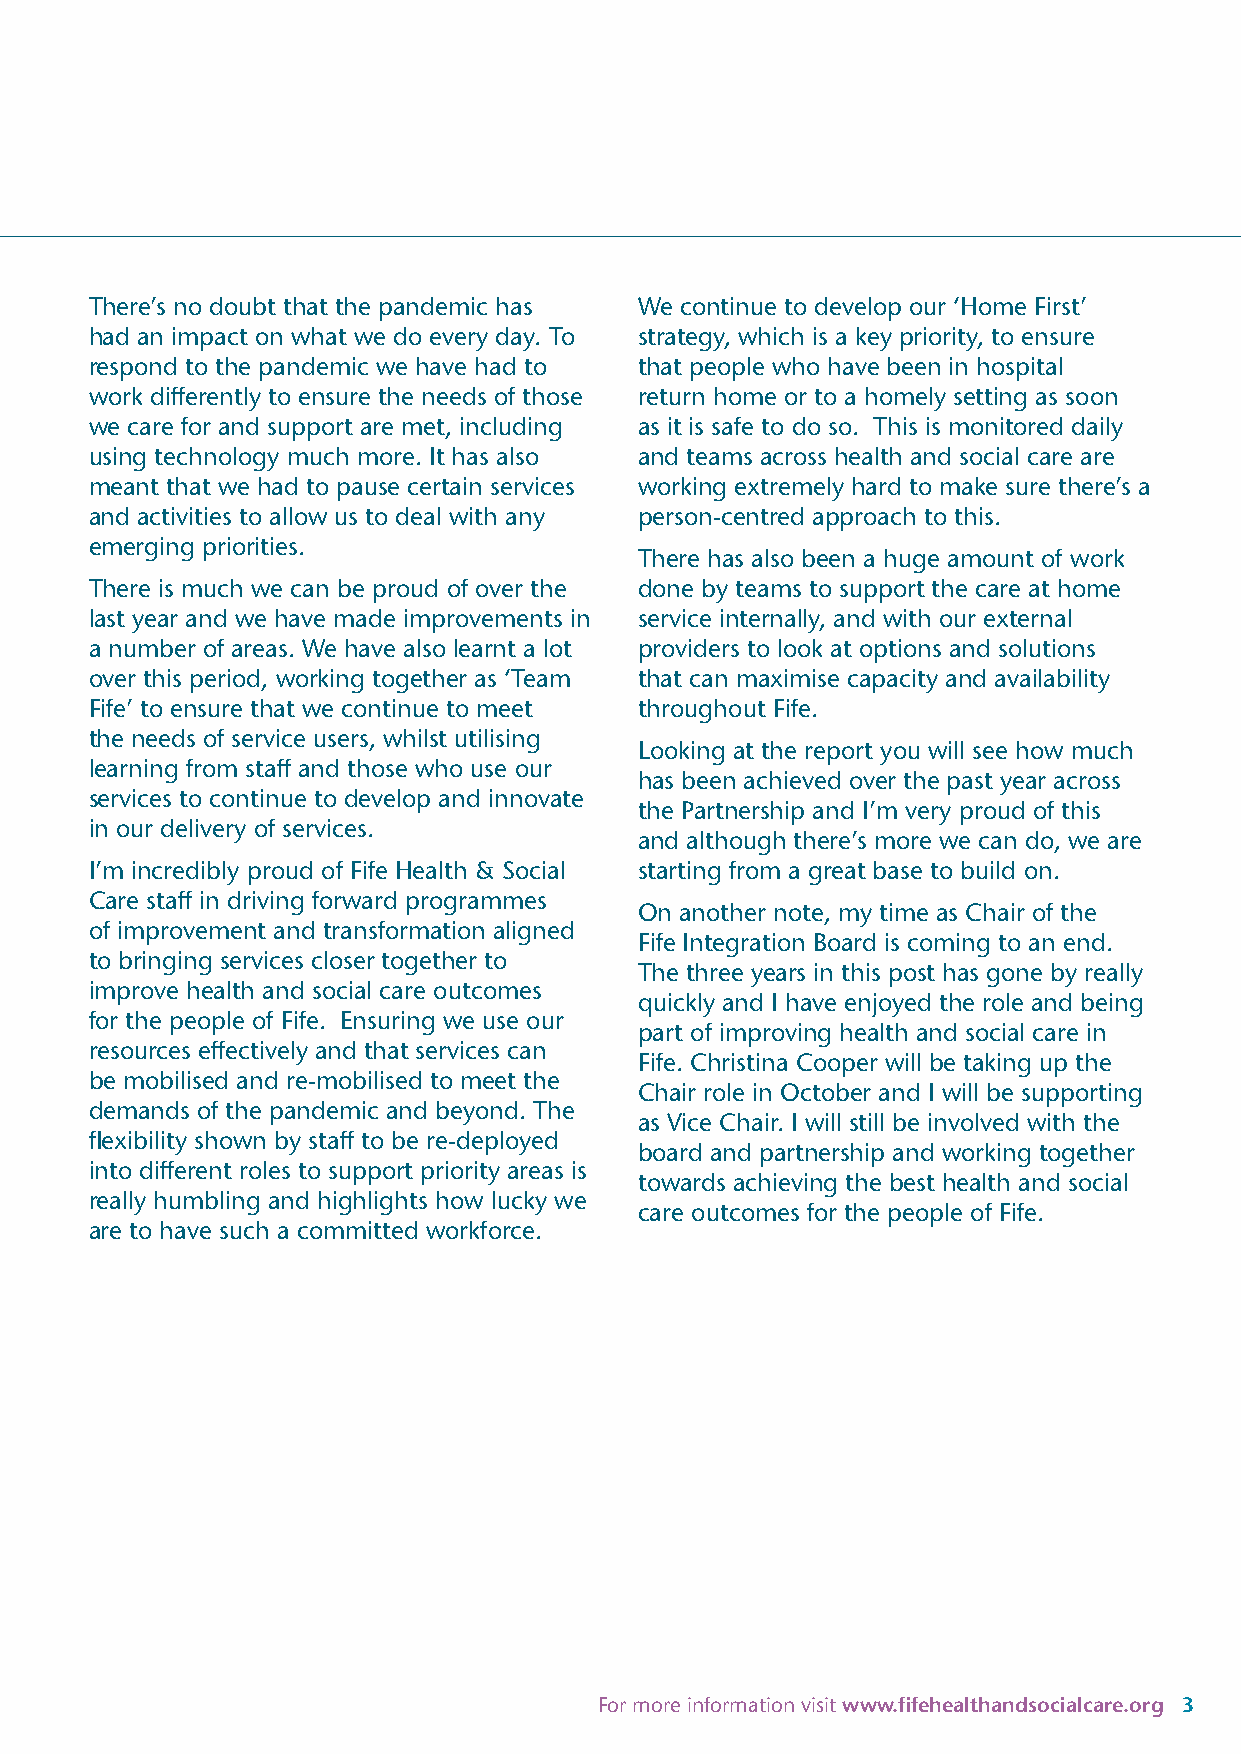
There’s no doubt that the pandemic has We continue to develop our ‘Home First’
 had an impact on what we do every day. To strategy, which is a key priority, to ensure
 respond to the pandemic we have had to that people who have been in hospital
 work differently to ensure the needs of those return home or to a homely setting as soon
 we care for and support are met, including as it is safe to do so. This is monitored daily
 using technology much more. It has also and teams across health and social care are
 meant that we had to pause certain services working extremely hard to make sure there’s a
 and activities to allow us to deal with any person-centred approach to this.
 emerging priorities.
 There has also been a huge amount of work
 There is much we can be proud of over the done by teams to support the care at home
 last year and we have made improvements in service internally, and with our external
 a number of areas. We have also learnt a lot providers to look at options and solutions
 over this period, working together as ‘Team that can maximise capacity and availability
 Fife’ to ensure that we continue to meet throughout Fife.
 the needs of service users, whilst utilising
 Looking at the report you will see how much
 learning from staff and those who use our
 has been achieved over the past year across
 services to continue to develop and innovate
 the Partnership and I’m very proud of this
 in our delivery of services.
 and although there’s more we can do, we are
 I’m incredibly proud of Fife Health & Social starting from a great base to build on.
 Care staff in driving forward programmes
 On another note, my time as Chair of the
 of improvement and transformation aligned
 Fife Integration Board is coming to an end.
 to bringing services closer together to
 The three years in this post has gone by really
 improve health and social care outcomes
 quickly and I have enjoyed the role and being
 for the people of Fife. Ensuring we use our
 part of improving health and social care in
 resources effectively and that services can
 Fife. Christina Cooper will be taking up the
 be mobilised and re-mobilised to meet the
 Chair role in October and I will be supporting
 demands of the pandemic and beyond. The
 as Vice Chair. I will still be involved with the
 flexibility shown by staff to be re-deployed
 board and partnership and working together
 into different roles to support priority areas is
 towards achieving the best health and social
 really humbling and highlights how lucky we
 care outcomes for the people of Fife.
 are to have such a committed workforce.
 For more information visit www.fifehealthandsocialcare.org 3